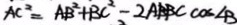
A C ^ { 2 } = A B ^ { 2 } + B C ^ { 2 } - 2 A B B C \cos \angle B